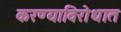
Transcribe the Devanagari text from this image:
करण्याविरोधात